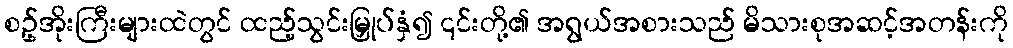
စဥ့်အိုးကြီးများထဲတွင် ထည့်သွင်းမြှုပ်နှံ၍ ၎င်းတို့၏ အရွယ်အစားသည် မိသားစုအဆင့်အတန်းကို